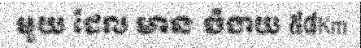
មួយ ដែល មាន ចំងាយ ៥៨Km